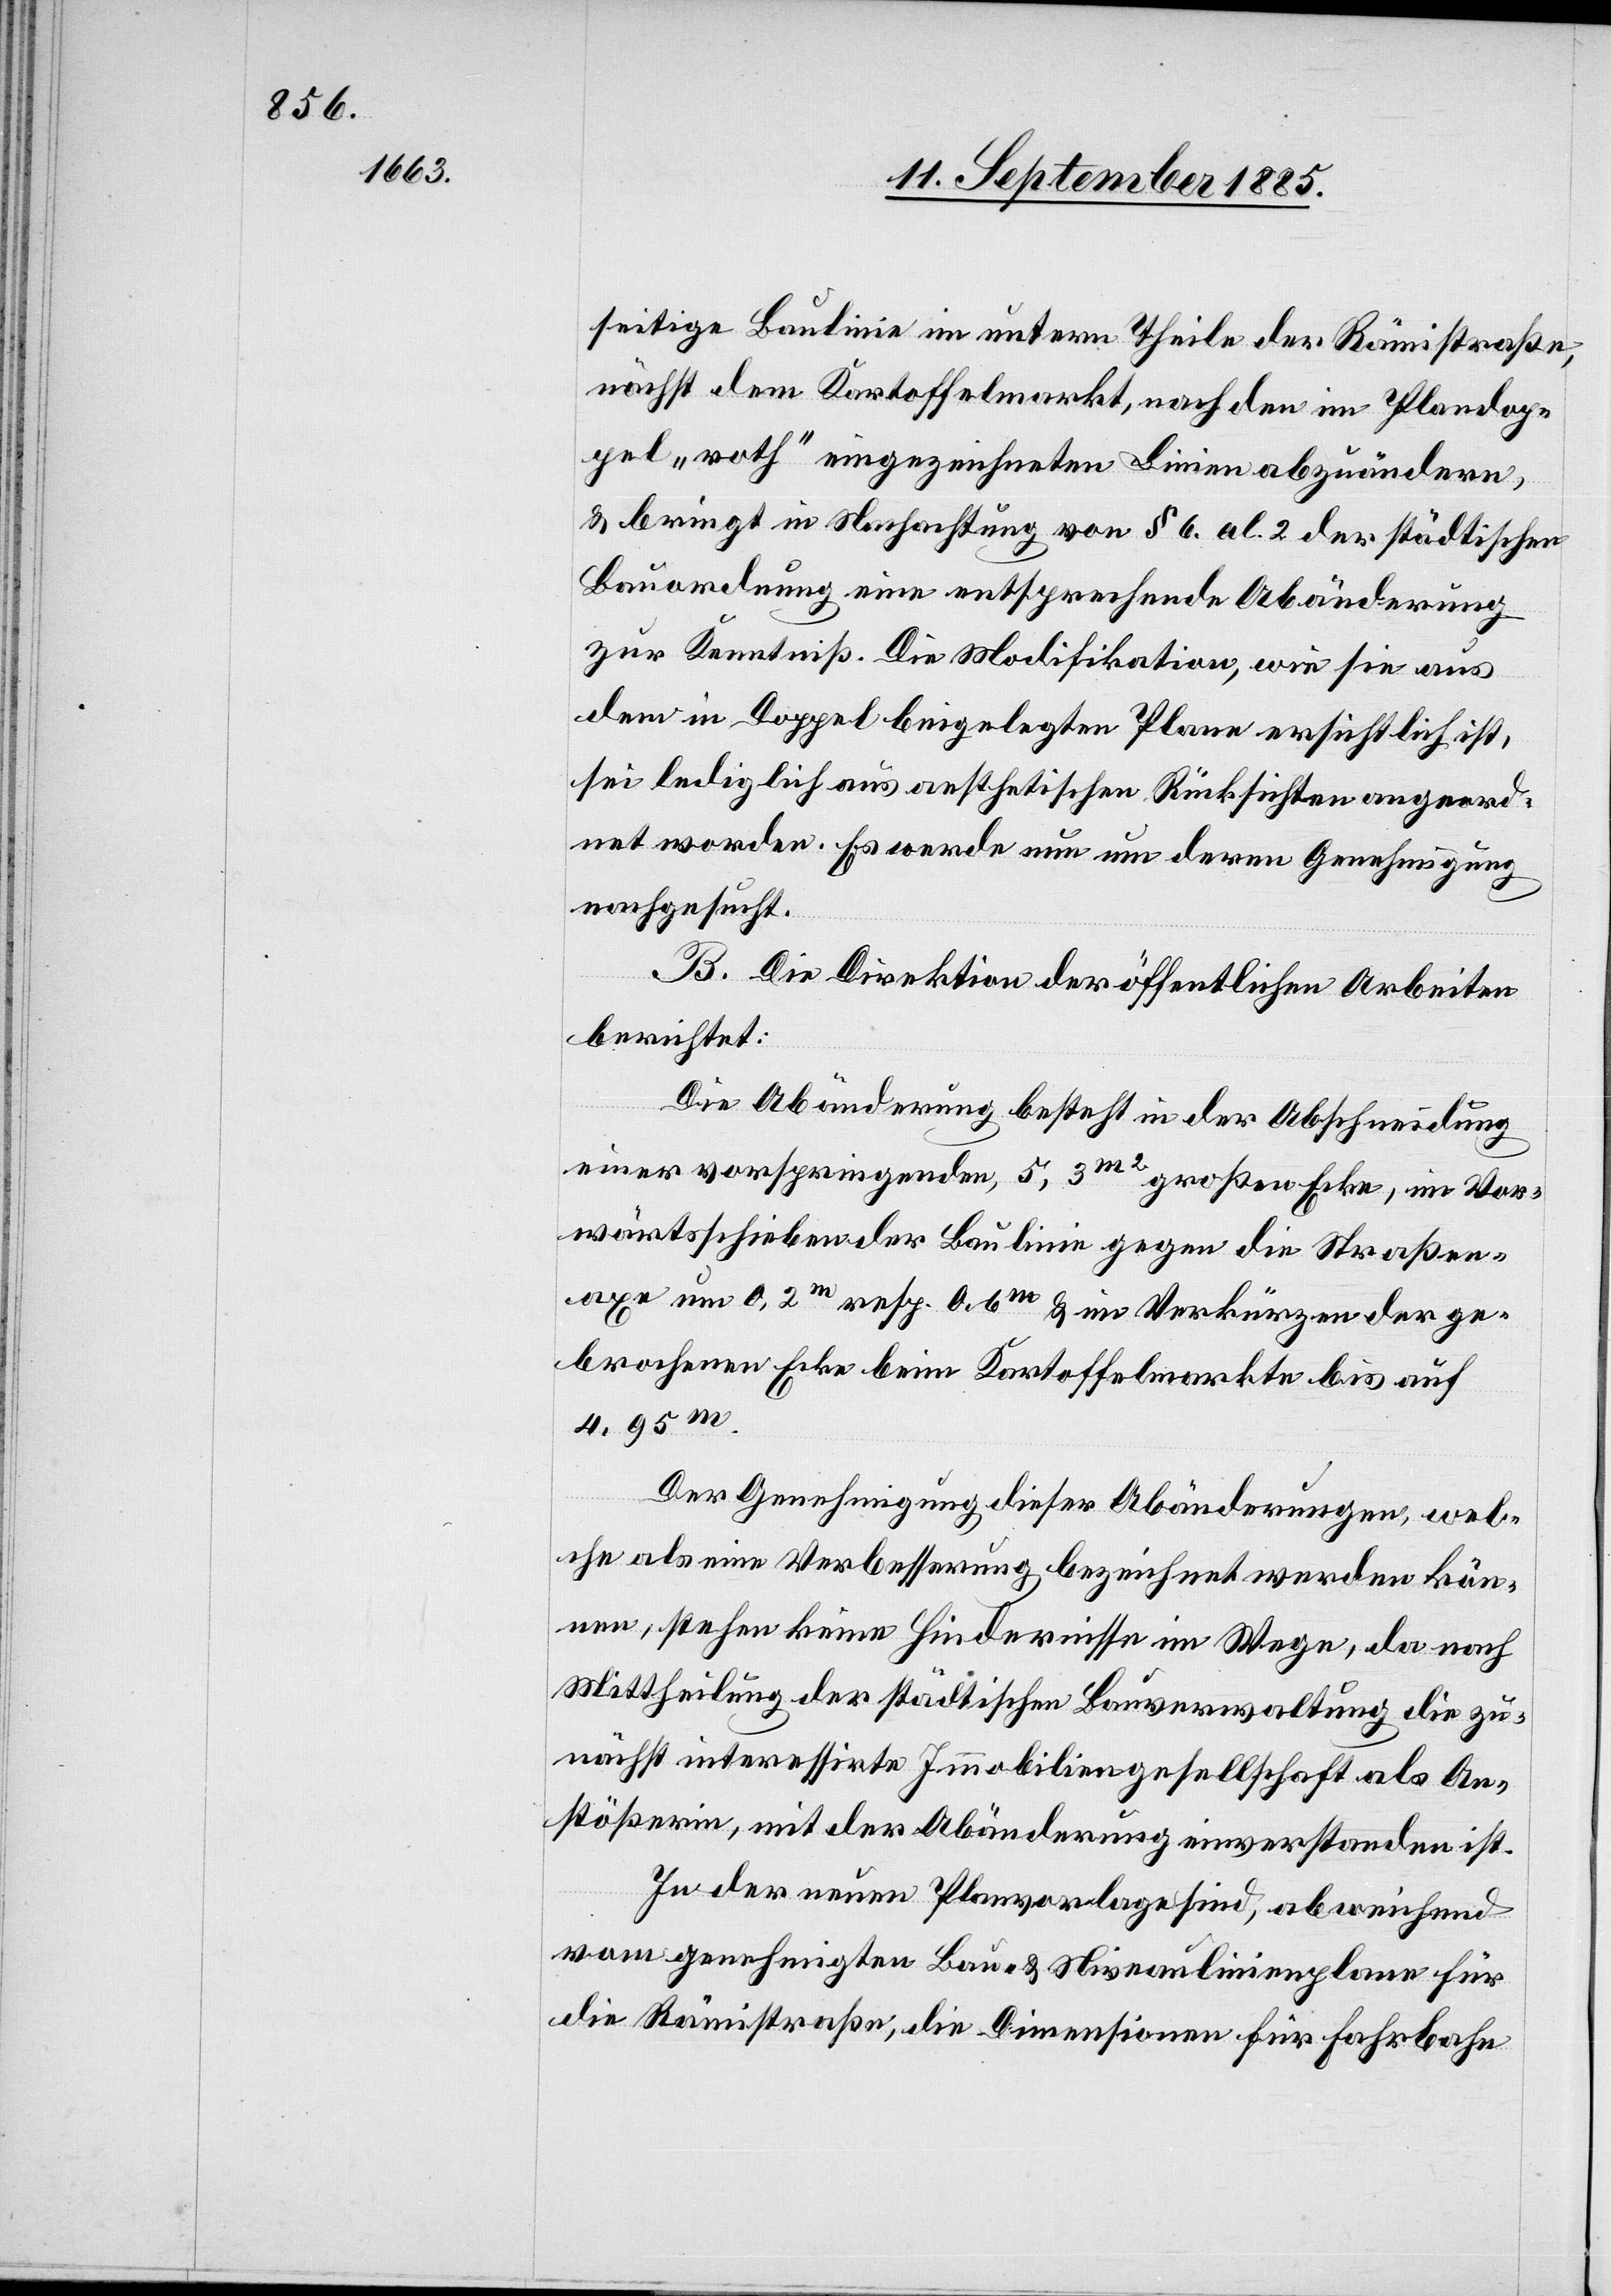
seitige Baulinie im untern Theile der Rämistraße,
nächst dem Kartoffelmarkt, nach den im Plandop¬
pel „roth“ eingezeichneten Linien abzuändern,
& bringt in Nachachtung von § 6. al. 2 der städtischen
Bauordnung eine entsprechende Abänderung
zur Kenntniß. Die Modifikation, wie sie aus
dem in Doppel beigelegten Plane ersichtlich ist,
sei lediglich aus aesthetischen Rücksichten angeord¬
net worden. Es werde nun um deren Genehmigung
nachgesucht.
B. Die Direktion der öffentlichen Arbeiten
berichtet:
Die Abänderung besteht in der Abschneidung
einer vorspringenden, 5,3m2 großen Ecke, im Vor¬
wärtsschieben der Baulinie gegen die Straßen¬
axe um 0,2m resp. 0,6m & im Verkürzen der ge¬
brochenen Ecke beim Kartoffelmarkte bis auf
4.95m.
Der Genehmigung dieser Abänderungen, wel¬
che als eine Verbesserung bezeichnet werden kön¬
nen, stehen keine Hindernisse im Wege, da nach
Mittheilung der städtischen Bauverwaltung die zu¬
nächst interessirte Immobiliengesellschaft als An¬
stößerin, mit der Abänderung einverstanden ist.
In der neuen Planvorlage sind, abweichend
vom genehmigten Bau- & Niveaulinienplane für
die Rämistraße, die Dimensionen für Fahrbahn